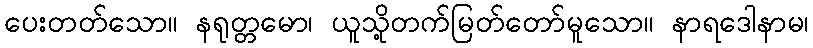
ပေးတတ်သော။ နရုတ္တမော၊ ယူသို့တက်မြတ်တော်မူသော။ နာရဒေါနာမ၊